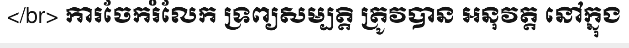
</br> ការចែករំលែក ទ្រព្យសម្បត្តិ ត្រូវបាន អនុវត្ត នៅក្នុង